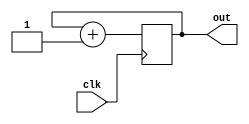
`timescale 1ns / 1ps
//////////////////////////////////////////////////////////////////////////////////
// Company: 
// Engineer: 
// 
// Design Name: 
// Module Name: counter
// Project Name: 
// Target Devices: 
// Tool Versions: 
// Description: 
// 
// Dependencies: 
// 
// Revision:
// Revision 0.01 - File Created
// Additional Comments:
// 
//////////////////////////////////////////////////////////////////////////////////


module counter(clk,out);
     input clk;         
     output reg [2:0] out;   
     always @(posedge clk) begin   
           out = out+1;
     end
endmodule